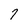
Character: 7